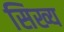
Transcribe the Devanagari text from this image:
सिख्य